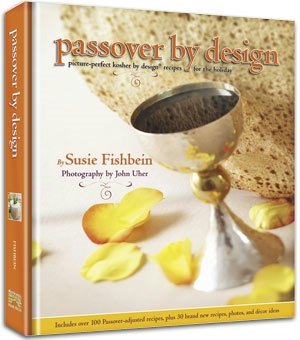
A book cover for Passover By Design Kosher Cookbook [Hardcover]; Susie Fishbein; Cookbooks, Food & Wine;